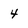
Character: 4